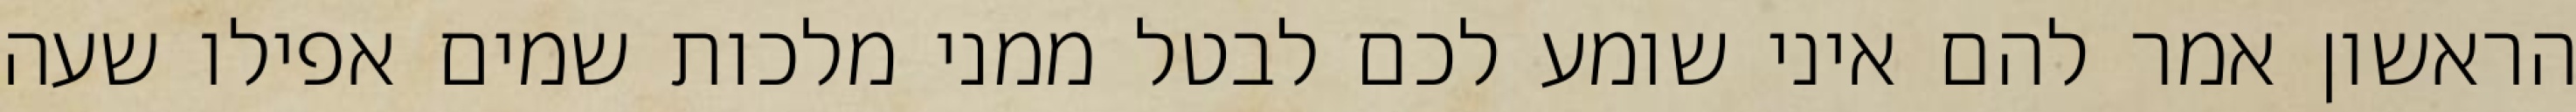
הראשון אמר להם איני שומע לכם לבטל ממני מלכות שמים אפילו שעה